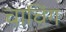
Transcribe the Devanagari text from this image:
चाचिंग